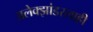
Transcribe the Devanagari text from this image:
अलेक्झांडरलाही